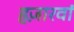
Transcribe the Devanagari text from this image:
हज़ारवां